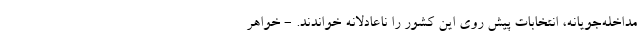
مداخله‌جویانه، انتخابات پیش روی این کشور را ناعادلانه خواندند. - خواهر